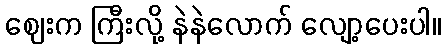
ဈေးက ကြီးလို့ နဲနဲလောက် လျော့ပေးပါ။